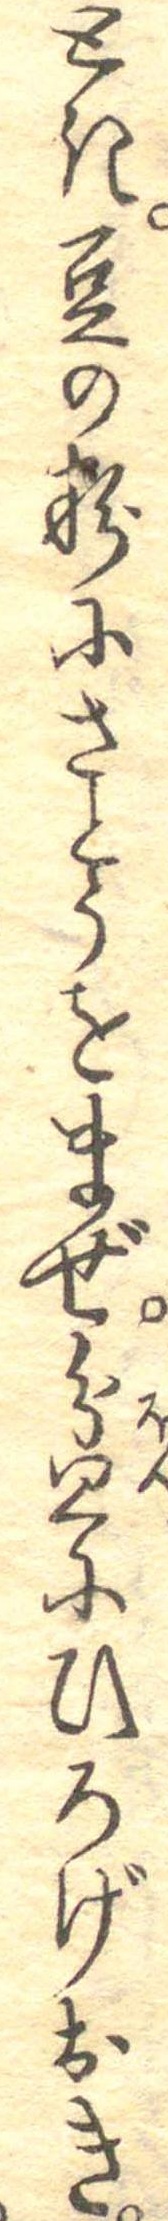
とき豆の粉にさとうをまぜ盆にひろげおき